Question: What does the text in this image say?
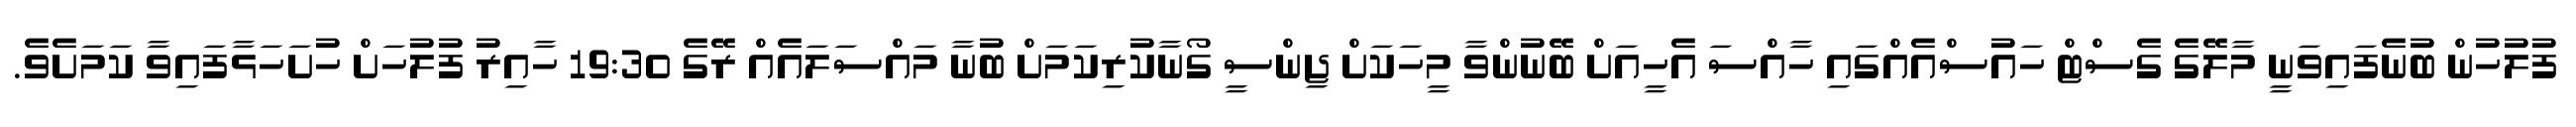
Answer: ފުލުހުން ބުނެފައިވަނީ މާލޭގެ ގެސްޓް ހައުސްއެއްގައި ހާއްސަ އެހީއަށް ބޭނުންވާ މީހަކަށް ޖިންސީ ގޯނާކުރިކަމަށް ބުނާ މައްސަލައެއް ރޭގެ 19:30 ހާއިރު ފުލުހަށް ހުށަހަޅާފައިވާ ކަމަށެވެ.